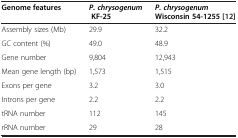
| Genome features | P. chrysogenum KF-25 | P. chrysogenum Wisconsin 54-1255 [[12]] |
 | --- | --- | --- |
 | Assembly sizes (Mb) | 29.9 | 32.2 |
 | GC content (%) | 49.0 | 48.9 |
 | Gene number | 9,804 | 12,943 |
 | Mean gene length (bp) | 1,573 | 1,515 |
 | Exons per gene | 3.2 | 3.0 |
 | Introns per gene | 2.2 | 2.2 |
 | tRNA number | 112 | 145 |
 | rRNA number | 29 | 28 |